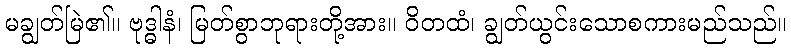
မချွတ်မြဲ၏။ ဗုဒ္ဓါနံ၊ မြတ်စွာဘုရားတို့အား။ ဝိတထံ၊ ချွတ်ယွင်းသောစကားမည်သည်။